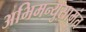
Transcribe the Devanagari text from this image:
अभिमन्युसामंत